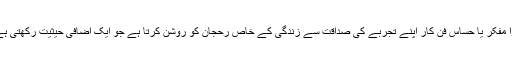
بڑا مفکر یا حساس فن کار اپنے تجربے کی صداقت سے زندگی کے خاص رحجان کو روشن کرتا ہے جو ایک اضافی حیثیت رکھتی ہے۔